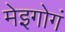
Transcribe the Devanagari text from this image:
मेइगोगं